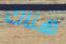
هناك